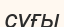
сұғы